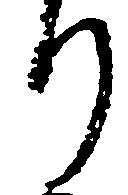
り